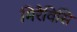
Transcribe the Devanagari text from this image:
मिरैविसि